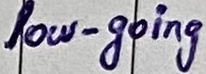
Text: low-going